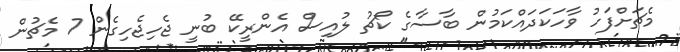
މެޗަށްފަހު ވާހަކަދައްކަމުން ބާސާގެ ކޯޗު ލުއިސް އެންރީކޭ ބުނީ ޖެހިޖެހިގެން 7 މެޗުން